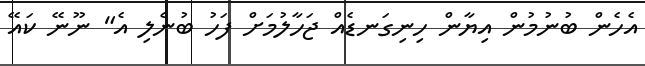
އެހެން ބުނުމުން އިޔާން ހިނިގަނޑެއް ޖަހާލުމަށް ފަހު ބުނެލި އެ" ނޫނޭ ކައޭ